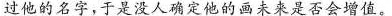
过他的名字，于是没人确定他的画未来是否会增值。